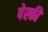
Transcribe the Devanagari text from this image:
पेस्की